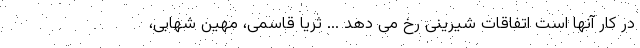
در کار آنها است اتفاقات شیرینی رخ می دهد ... ثریا قاسمی، مهین شهابی،